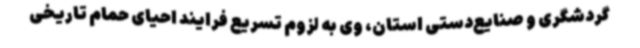
گردشگری و صنایع‌دستی استان، وی به لزوم تسریع فرایند احیای حمام تاریخی